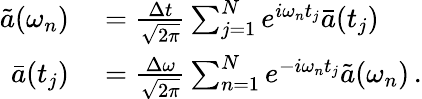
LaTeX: \begin{array}{rl}{\tilde{a}(\omega_{n})}&{{}=\frac{\Delta t}{\sqrt{2\pi}}\sum_{j=1}^{N}e^{i\omega_{n}t_{j}}\bar{a}(t_{j})\, }\\ {\bar{a}(t_{j})}&{{}=\frac{\Delta\omega}{\sqrt{2\pi}}\sum_{n=1}^{N}e^{-i\omega_{n}t_{j}}\tilde{a}(\omega_{n})\, .}\end{array}